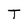
Character: T